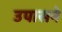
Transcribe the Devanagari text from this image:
उपासने